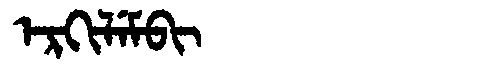
Manchu: ᡝᡵᡴᡳᠯᡝᠮᠪᡳ
Romanization: ERKILEMBI